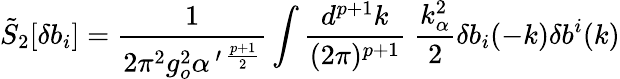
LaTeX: \tilde{S}_{2}[\delta b_{i}]=\frac{1}{2\pi^{2}g_{o}^{2}\alpha^{\, \prime\, \frac{p+1}{2}}}\int\frac{d^{p+1}k}{(2\pi)^{p+1}}\; \frac{k_{\alpha}^{2}}{2}\delta b_{i}(-k)\delta b^{i}(k)